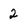
Character: 2